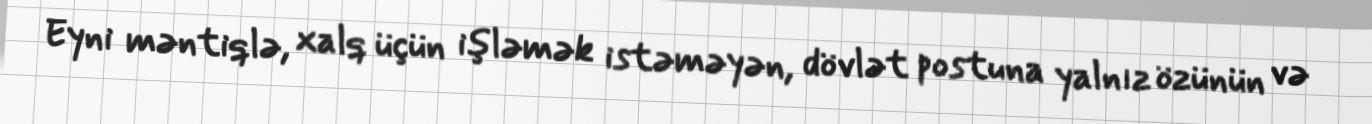
Eyni məntiqlə, xalq üçün işləmək istəməyən, dövlət postuna yalnız özünün və